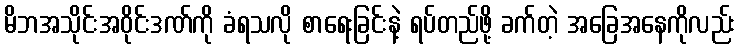
မိဘအသိုင်းအဝိုင်းဒဏ်ကို ခံရသလို စာရေးခြင်းနဲ့ ရပ်တည်ဖို့ ခက်တဲ့ အခြေအနေကိုလည်း